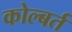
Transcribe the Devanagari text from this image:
कोल्बर्त